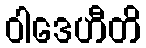
ဝါဒေဟီတိ